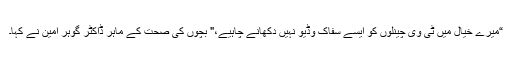
“میرے خیال میں ٹی وی چینلوں کو ایسے سفاک وڈیو نہیں دکھانے چاہیے،" بچوں کی صحت کے ماہر ڈاکٹر گوہر امین نے کہا۔